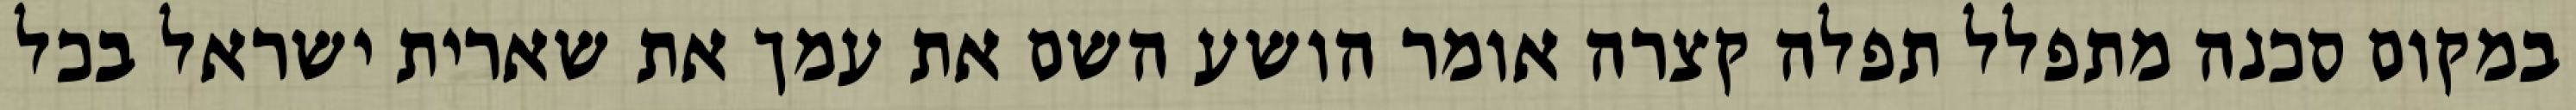
במקום סכנה מתפלל תפלה קצרה אומר הושע השם את עמך את שארית ישראל בכל